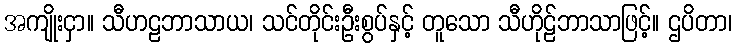
အကျိုးငှာ။ သီဟဠဘာသာယ၊ သင်တိုင်းဦးစွပ်နှင့် တူသော သီဟိုဠ်ဘာသာဖြင့်။ ဌပိတာ၊